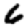
Digit: 6